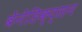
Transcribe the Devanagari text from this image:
बेनेडिक्ट्सन